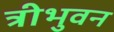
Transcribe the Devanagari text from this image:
त्रीभुवन